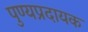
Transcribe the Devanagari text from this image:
पुण्यप्रदायक